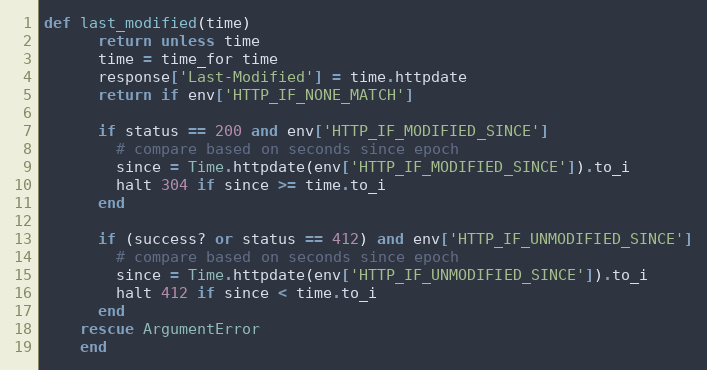
Language: Ruby
def last_modified(time)
      return unless time
      time = time_for time
      response['Last-Modified'] = time.httpdate
      return if env['HTTP_IF_NONE_MATCH']

      if status == 200 and env['HTTP_IF_MODIFIED_SINCE']
        # compare based on seconds since epoch
        since = Time.httpdate(env['HTTP_IF_MODIFIED_SINCE']).to_i
        halt 304 if since >= time.to_i
      end

      if (success? or status == 412) and env['HTTP_IF_UNMODIFIED_SINCE']
        # compare based on seconds since epoch
        since = Time.httpdate(env['HTTP_IF_UNMODIFIED_SINCE']).to_i
        halt 412 if since < time.to_i
      end
    rescue ArgumentError
    end